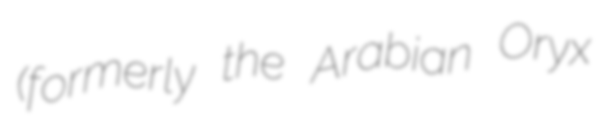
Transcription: (formerly the Arabian Oryx